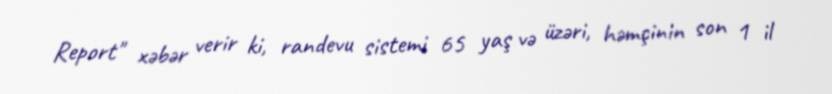
Report" xəbər verir ki, randevu sistemi 65 yaş və üzəri, həmçinin son 1 il